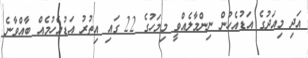
އަދި މިއަދުގެ އަޑުއެހުން ނިންމާލެއްވީ މިމަހުގެ 22 ގައި އިތުރު އަޑުއެހުމެއް ބާއްވާނެ